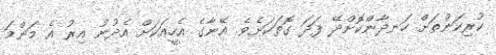
ކުރިކަންތަށް ހަނދާންކޮށްދޭ ފަދަ ގޮތަކަށެވެ. އޭނާގެ އެހީއަކަށް އެދުނު އިރު އެ މަންމަ